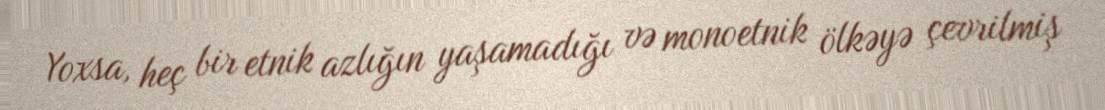
Yoxsa, heç bir etnik azlığın yaşamadığı və monoetnik ölkəyə çevrilmiş